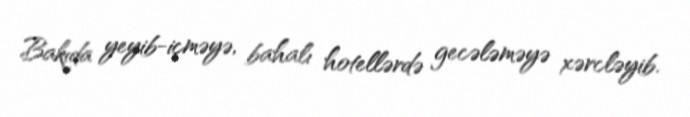
Bakıda yeyib-içməyə, bahalı hotellərdə gecələməyə xərcləyib.